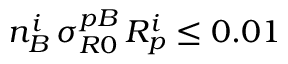
n _ { B } ^ { i } \, \sigma _ { R 0 } ^ { p B } \, { \cal R } _ { p } ^ { i } \le 0 . 0 1